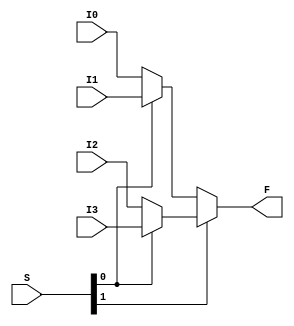
module mux4to1nbit(F, S, I0, I1, I2, I3);
	parameter N = 8;
	input [N-1:0]I0, I1, I2, I3;
	input [1:0]S;
	output [N-1:0]F;
	
	assign F = S[1] ? (S[0] ? I3 : I2) : (S[0] ? I1 : I0);
endmodule

module mux8to1nbit(F, S, I0, I1, I2, I3, I4, I5, I6, I7);
	parameter N = 8;
	input [N-1:0]I0, I1, I2, I3, I4, I5, I6, I7;
	input [2:0]S;
	output [N-1:0]F;
	
	assign F = S[2] ? (S[1] ? (S[0] ? I7 : I6) : (S[0] ? I5 : I4)) : (S[1] ? (S[0] ? I3 : I2) : (S[0] ? I1 : I0));
endmodule

module mux32to1nbit(F, S, I00, I01, I02, I03, I04, I05, I06, I07, I08, I09,
								  I10, I11, I12, I13, I14, I15, I16, I17, I18, I19,
								  I20, I21, I22, I23, I24, I25, I26, I27, I28, I29,
								  I30, I31);

	parameter N = 8;
	output reg [N-1:0]F; // output
	input [4:0]S; // select
	input [N-1:0]I00, I01, I02, I03, I04, I05, I06, I07, I08, I09;
	input [N-1:0]I10, I11, I12, I13, I14, I15, I16, I17, I18, I19;
	input [N-1:0]I20, I21, I22, I23, I24, I25, I26, I27, I28, I29;
	input [N-1:0]I30, I31;
	
	always @(*) begin
		case(S)
			5'h00: F <= I00;
			5'h01: F <= I01;
			5'h02: F <= I02;
			5'h03: F <= I03;
			5'h04: F <= I04;
			5'h05: F <= I05;
			5'h06: F <= I06;
			5'h07: F <= I07;
			5'h08: F <= I08;
			5'h09: F <= I09;
			5'h0A: F <= I10;
			5'h0B: F <= I11;
			5'h0C: F <= I12;
			5'h0D: F <= I13;
			5'h0E: F <= I14;
			5'h0F: F <= I15;
			5'h10: F <= I16;
			5'h11: F <= I17;
			5'h12: F <= I18;
			5'h13: F <= I19;
			5'h14: F <= I20;
			5'h15: F <= I21;
			5'h16: F <= I22;
			5'h17: F <= I23;
			5'h18: F <= I24;
			5'h19: F <= I25;
			5'h1A: F <= I26;
			5'h1B: F <= I27;
			5'h1C: F <= I28;
			5'h1D: F <= I29;
			5'h1E: F <= I30;
			5'h1F: F <= I31;
		endcase
	end
endmodule

// this is here only to make into a block
module mux2to1_64bit(F, S, I0, I1);
	input [63:0] I0, I1;
	input S;
	output [63:0] F;
	
	assign F = S ? I1 : I0;
endmodule